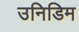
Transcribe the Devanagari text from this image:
उनिडिम